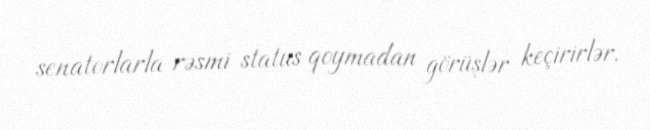
senatorlarla rəsmi status qoymadan görüşlər keçirirlər.